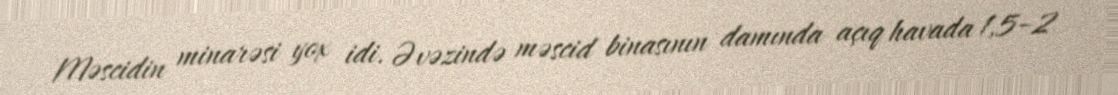
Məscidin minarəsi yox idi. Əvəzində məscid binasının damında açıq havada 1,5–2